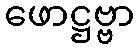
ဖောဋ္ဌဗ္ဗာ